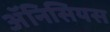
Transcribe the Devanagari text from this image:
ॲनिसियस